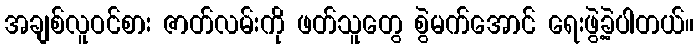
အချစ်လူဝင်စား ဇာတ်လမ်းကို ဖတ်သူတွေ စွဲမက်အောင် ရေးဖွဲ့ခဲ့ပါတယ်။